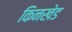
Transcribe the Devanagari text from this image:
किनखेड